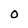
Character: O